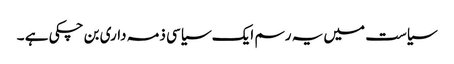
سیاست میں یہ رسم ایک سیاسی ذمہ داری بن چکی ہے ۔